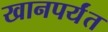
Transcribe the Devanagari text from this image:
खानपर्यंत